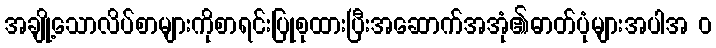
အချို့သောလိပ်စာများကိုစာရင်းပြုစုထားပြီးအဆောက်အအုံ၏ဓာတ်ပုံများအပါအ ၀